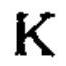
\(\mathbf{K}\)